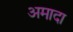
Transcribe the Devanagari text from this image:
अमादा